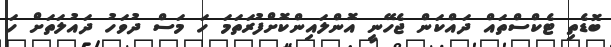
ބޮޑެތި ޓެކްސްތައް ދައްކަން ޖެހޭނީ އޮންލައިންކޮށްފުރަތަމަ ހަ މަސް ދުވަހު ދައުލަތަށް ހަ